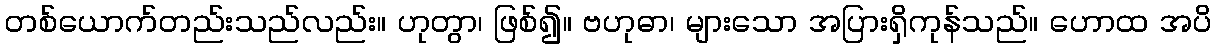
တစ်ယောက်တည်းသည်လည်း။ ဟုတွာ၊ ဖြစ်၍။ ဗဟုဓာ၊ များသော အပြားရှိကုန်သည်။ ဟောထ အပိ